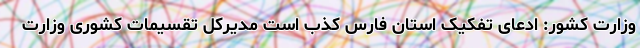
وزارت کشور: ادعای تفکیک استان فارس کذب است مدیرکل تقسیمات کشوری وزارت